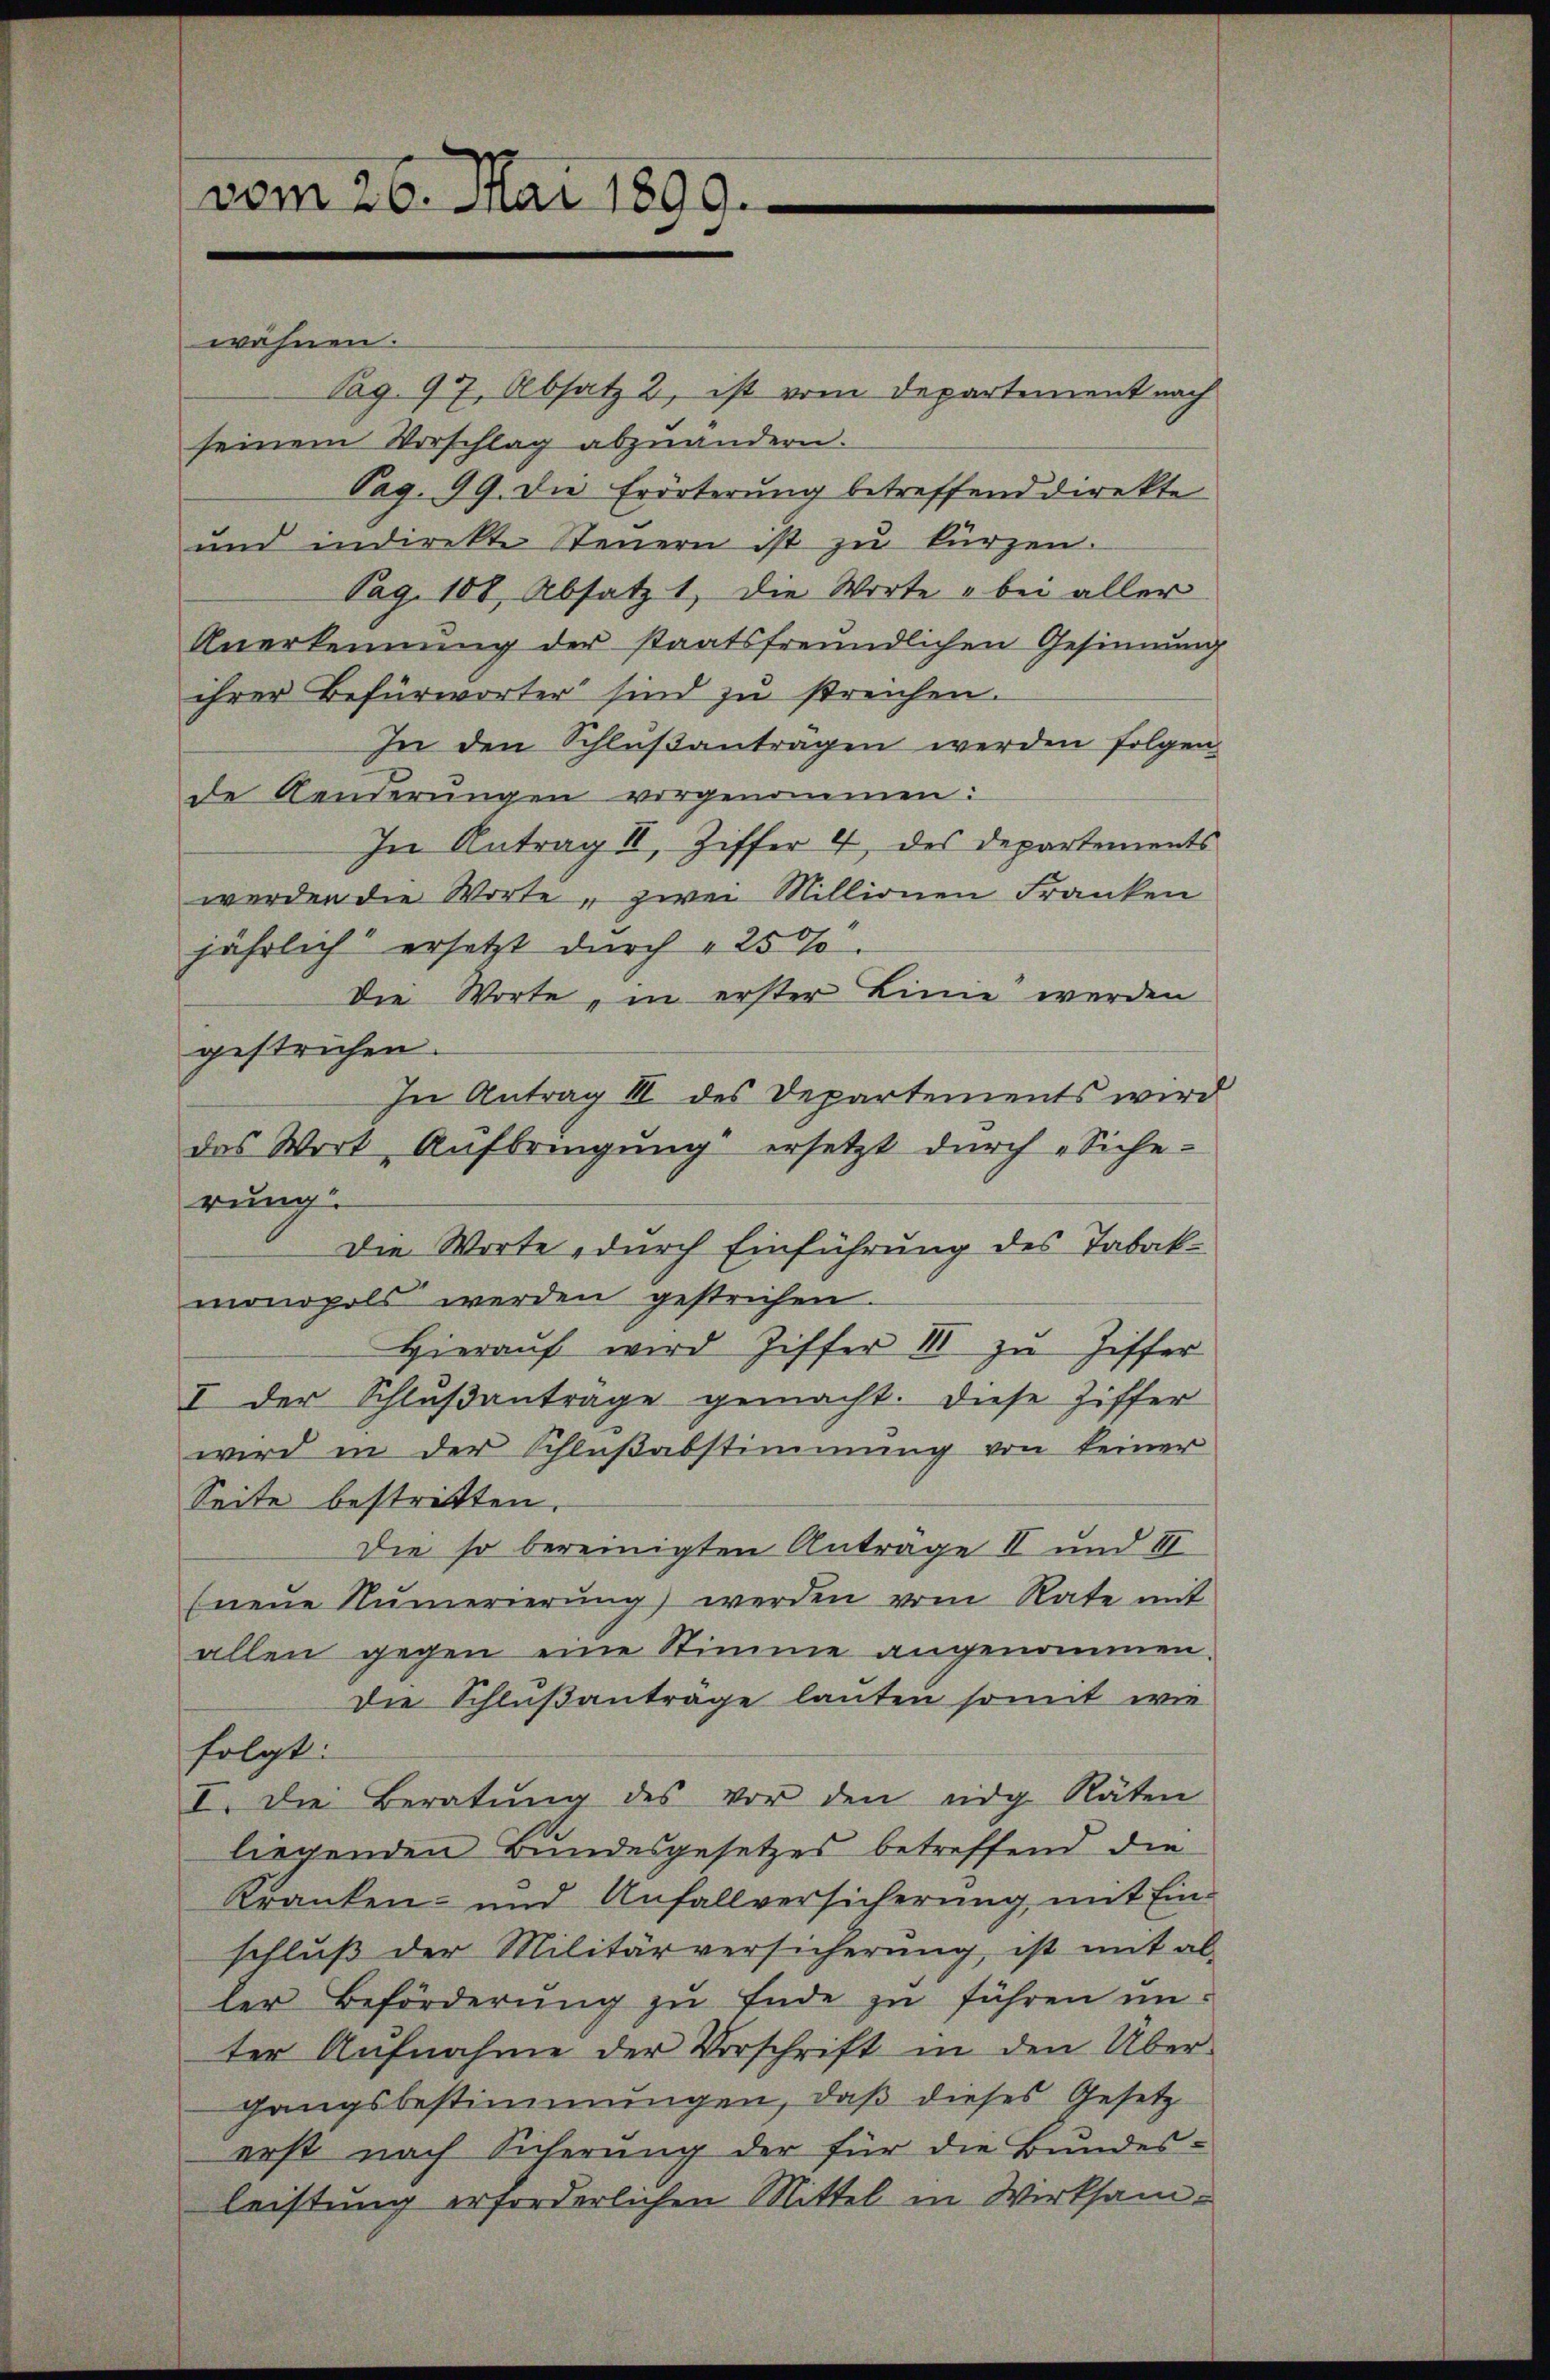
vom 26. Mai 1899.

wähnen.
Pag. 97 Absatz 2, ist vom Departement nach
seinem Vorschlag abzuändern.
Pag. 99. Die Erörterung betreffend direkte
ŭnd indirekte Steŭern ist zŭ kürzen.
Pag. 108, Absatz 1, die Worte „bei aller
Anerkennung der staatsfreundlichen Gesinnung
ihrer Befürworter sind zu streichen.
In den Schlußanträgen werden folgen
de Aenderungen vorgenommen:
In Antrag II, Ziffer 4 des Departements
werden die Worte, zwei Millionen Franken
jährlich ersetzt durch 25%
Die Worte, in erster Linie werden
gestrichen.
In Antrag III des Departements wird
das Wort Aufbringung ersetzt durch Siche-
rung.
Die Worte, durch Einführung des Tabakmonopols werden gestrichen.
Hierauf wird Ziffer III zu Ziffer
I der Schlŭβantrage gemacht. Diese Ziffer
wird in der Schlußabstimmung von keiner
Seite bestritten.
Die so bereinigten Anträge II und II
Eneŭe Numerierung werden vom Rate mit
allen gegen eine Stimme angenommen.
Die Schlußantrage lauten somit wie
folgt:
I. Die Beratŭng des vor den eidg. Räten
liegenden Bundesgesetzes betreffend die
Kranken- und Unfallversicherung mit Ein-
schluß der Militärversicherung ist mit al-
ler Beförderung zu Ende zu führen unter Aufnahme der Vorschrift in den Über-
gangsbestimmungen, daß dieses Gesetz
erst nach Sicherung der für die Bundesleistung erforderlichen Mittel in Wirksam-